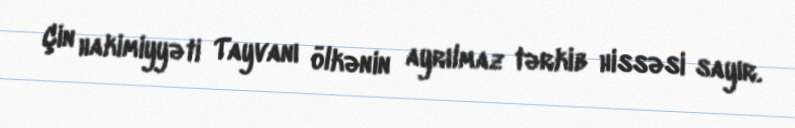
Çin hakimiyyəti Tayvanı ölkənin ayrılmaz tərkib hissəsi sayır.